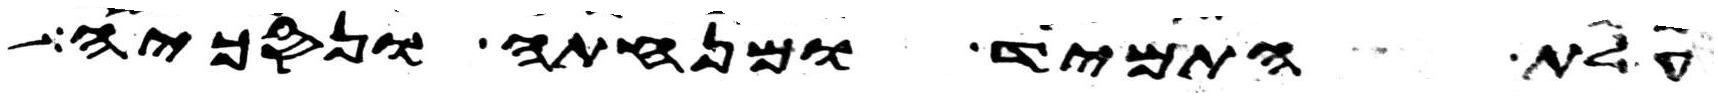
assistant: עלת התמיד ומנחתה ונסכיה